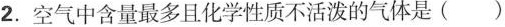
2. 空气中含量最多且化学性质不活泼的气体是 ()